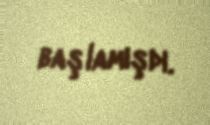
başlamışdı.